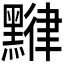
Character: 𪑯